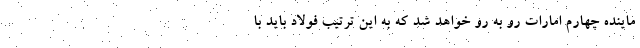
ماینده چهارم امارات رو به رو خواهد شد که به این ترتیب فولاد باید با